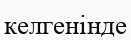
келгенінде